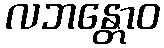
လဘန္တောဝ